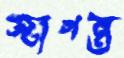
জাগন্ত